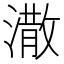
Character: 潵